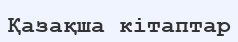
Қазақша кітаптар